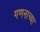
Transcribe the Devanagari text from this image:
गणनाच्या